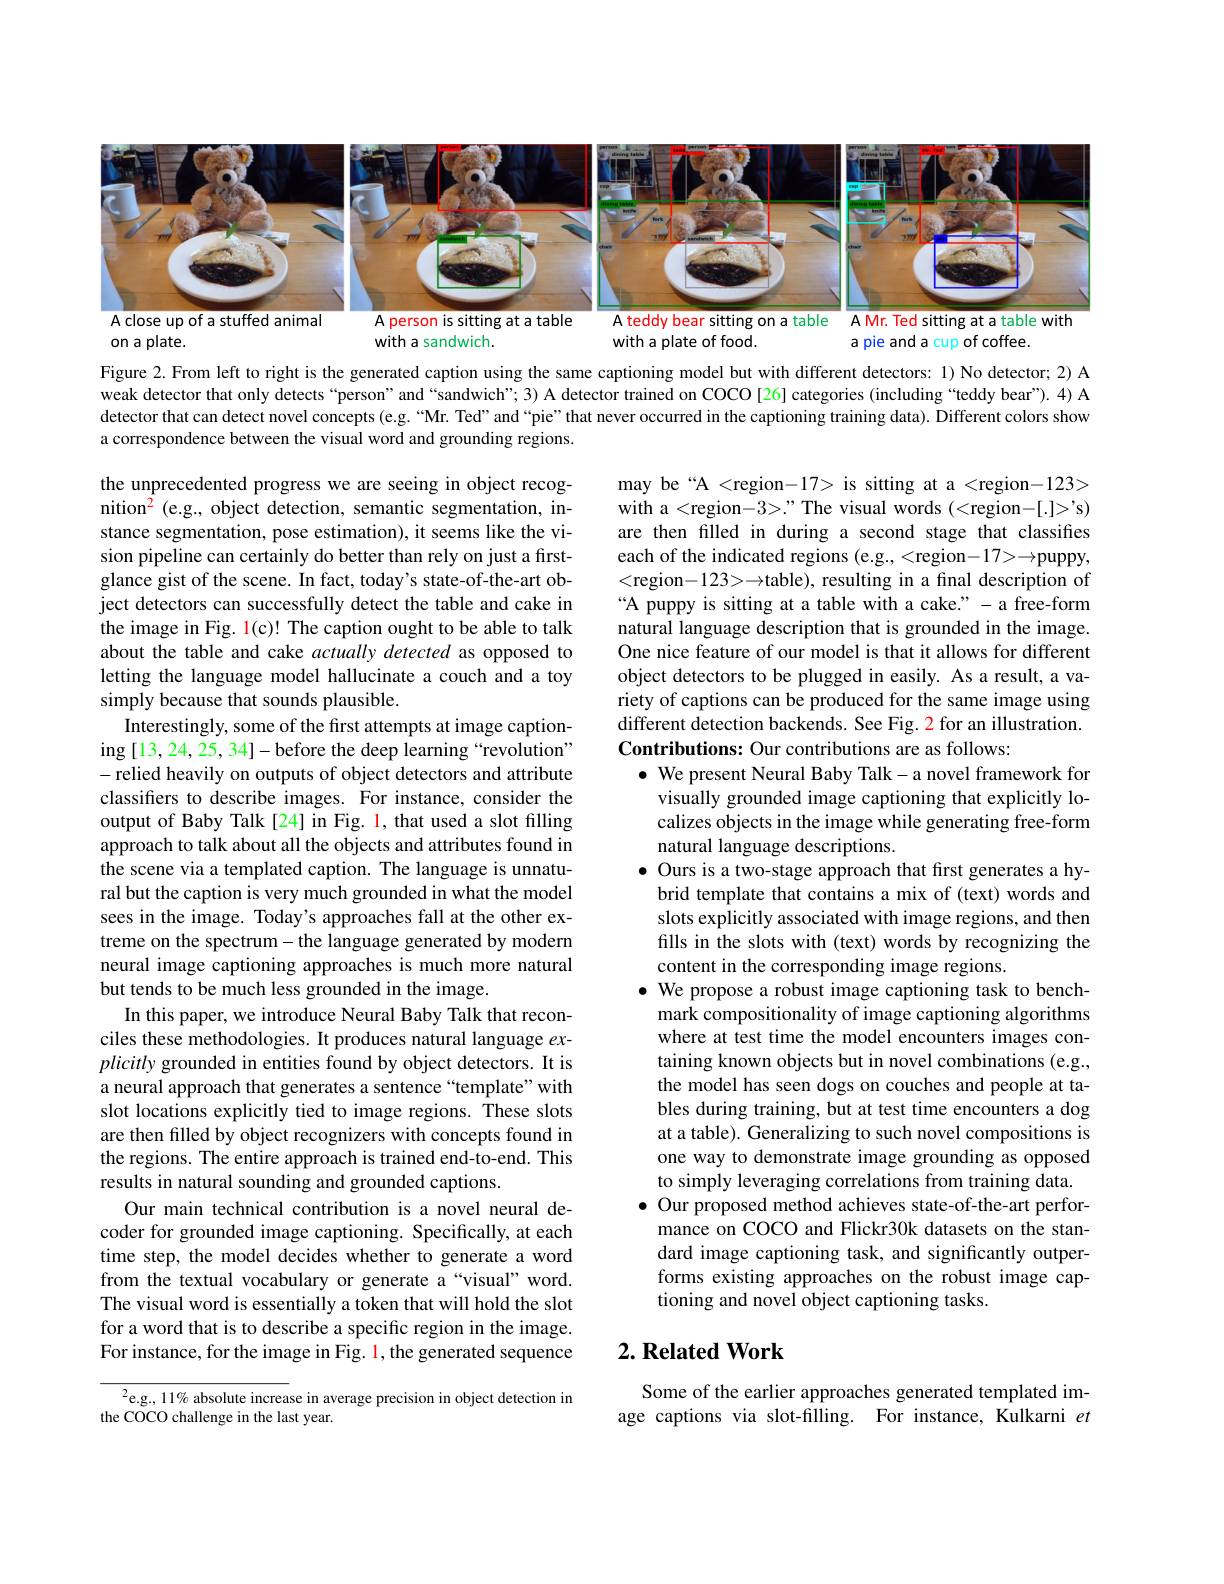
<FigureHere>

Figure 2. From left to right is the generated caption using the same captioning model but with different detectors: 1) No detector; 2) A weak detector that only detects “person” and “sandwich”; 3) A detector trained on COCO[26] categories (including “teddy bear”). 4) A detector that can detect novel concepts (e.g.“Mr. Ted”and“pie”that never occurred in the captioning training data). Different colors show a correspondence between the visual word and grounding regions

may be“A <region-17> is sitting at a <region-123> with a <region-3>." The visual words (<region-[.]>'s) are then filled in during a second stage that classifies each of the indicated regions (e.g., <region-17>→puppy, <region$-123>\to$table), resulting in a final description of “A puppy is sitting at a table with a cake." - a free-form natural language description that is grounded in the image. One nice feature of our model is that it allows for different object detectors to be plugged in easily. As a result, a variety of captions can be produced for the same image using different detection backends. See Fig. 2 for an illustration. Contributions: Our contributions are as follows:
$\bullet$ We present Neural Baby Talk-a novel framework for
visually grounded image captioning that explicitly localizes objects in the image while generating free-form natural language descriptions.
$\bullet$ Ours is a two-stage approach that first generates a hy-
brid template that contains a mix of (text) words and slots explicitly associated with image regions, and then fills in the slots with (text) words by recognizing the content in the corresponding image regions.
$\bullet$ We propose a robust image captioning task to bench-
mark compositionality of image captioning algorithms where at test time the model encounters images containing known objects but in novel combinations (e.g., the model has seen dogs on couches and people at tables during training, but at test time encounters a dog at a table). Generalizing to such novel compositions is one way to demonstrate image grounding as opposed to simply leveraging correlations from training data. $\bullet$ Our proposed method achieves state-of-the-art perfor-
mance on COCO and Flickr30k datasets on the standard image captioning task, and significantly outperforms existing approaches on the robust image captioning and novel object captioning tasks.

the unprecedented progress we are seeing in object recognition$^2$ (e.g., object detection, semantic segmentation, instance segmentation, pose estimation), it seems like the vision pipeline can certainly do better than rely on just a firstglance gist of the scene. In fact, today's state-of-the-art object detectors can successfully detect the table and cake in the image in Fig. 1(c)! The caption ought to be able to talk about the table and cake actually detected as opposed to letting the language model hallucinate a couch and a toy simply because that sounds plausible.
Interestingly, some of the first attempts at image caption- $\operatorname{ing}\left[13,24,25,34\right]-\operatorname{before}$the deep learning“revolution” - relied heavily on outputs of object detectors and attribute classifers to describe images. For instance, consider the output of Baby Talk [24] in Fig. 1, that used a slot filling approach to talk about all the objects and attributes found in the scene via a templated caption. The language is unnatural but the caption is very much grounded in what the model sees in the image. Today's approaches fall at the other extreme on the spectrum- the language generated by modern neural image captioning approaches is much more natural but tends to be much less grounded in the image.
In this paper, we introduce Neural Baby Talk that reconciles these methodologies. It produces natural language $ex-$ plicitly grounded in entities found by object detectors. It is a neural approach that generates a sentence“template”with slot locations explicitly tied to image regions. These slots are then filled by object recognizers with concepts found in the regions. The entire approach is trained end-to-end. This results in natural sounding and grounded captions.
Our main technical contribution is a novel neural decoder for grounded image captioning. Specifically, at each time step, the model decides whether to generate a word from the textual vocabulary or generate a“visual”word. The visual word is essentially a token that will hold the slot for a word that is to describe a specific region in the image. For instance, for the image in Fig. 1, the generated sequence $^{2}$e.g., 11% absolute increase in average precision in object detection in

## $2. \textbf{Related Work}$

the COCO challenge in the last year.

Some of the earlier approaches generated templated image captions via slot-filling. For instance, Kulkarni $et$